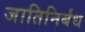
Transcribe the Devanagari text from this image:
जातिनिर्बंध